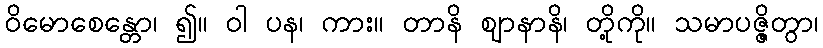
ဝိမောစေန္တော၊ ၍။ ဝါ ပန၊ ကား။ တာနိ ဈာနာနိ၊ တို့ကို။ သမာပဇ္ဇိတွာ၊